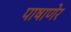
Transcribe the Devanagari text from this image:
पाषाणेर